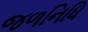
જળનિધિ